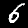
Label: 6